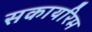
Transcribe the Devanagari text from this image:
सकायरिम